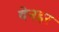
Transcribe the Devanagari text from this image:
बेनहर